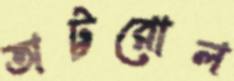
অট্টরোল